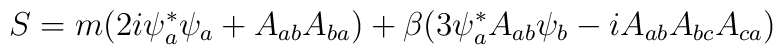
S = m(2 i \psi^*_a \psi_a + A_{ab} A_{ba})\\     + \beta( 3 \psi^*_a A_{ab} \psi_b -        i A_{ab}A_{bc}A_{ca} )